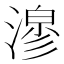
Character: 𭲇